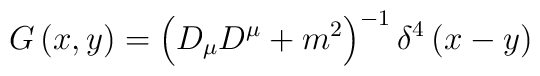
G\left( x,y\right) =\left( D_{\mu }D^{\mu }+m^{2}\right) ^{-1}\delta^{4}\left( x-y\right)